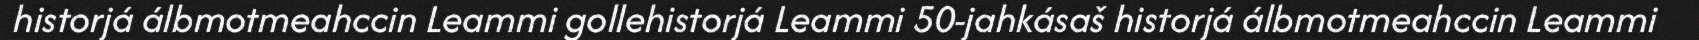
historjá álbmotmeahccin Leammi gollehistorjá Leammi 50-jahkásaš historjá álbmotmeahccin Leammi